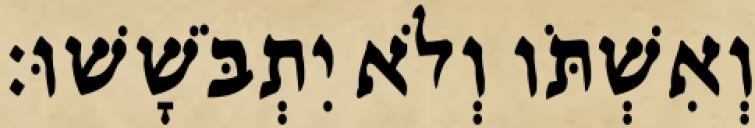
וְאִשְׁתֹּו וְלֹא יִתְבֹּשָׁשׁוּ׃